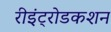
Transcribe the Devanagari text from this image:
रीइंट्रोडकशन